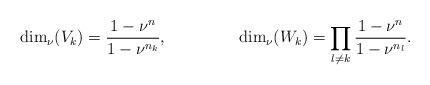
LaTeX: \begin{align*}\mathrm{dim}_\nu(V_k)&=\dfrac{1-\nu^n}{1-\nu^{n_k}}, &\mathrm{dim}_\nu(W_k)&=\prod_{l\neq k}\dfrac{1-\nu^n}{1-\nu^{n_l}}.\end{align*}